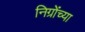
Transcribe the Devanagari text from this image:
निग्रोंच्या